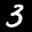
Label: 3